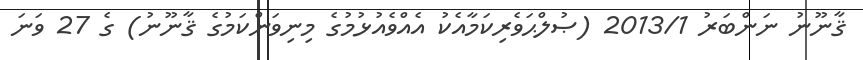
ޤާނޫނު ނަންބަރު 2013/1 (ޞުލްޙަވެރިކަމާއެކު އެއްވެއުޅުމުގެ މިނިވަންކަމުގެ ޤާނޫނު) ގެ 27 ވަނަ